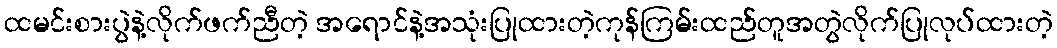
ထမင်းစားပွဲနဲ့လိုက်ဖက်ညီတဲ့ အရောင်နဲ့အသုံးပြုထားတဲ့ကုန်ကြမ်းထည်တူအတွဲလိုက်ပြုလုပ်ထားတဲ့